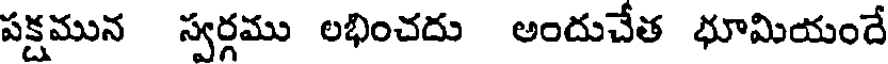
పక్షమున స్వర్గము లభించదు అందుచేత భూమియందే